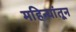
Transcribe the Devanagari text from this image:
महिन्‍यांतून